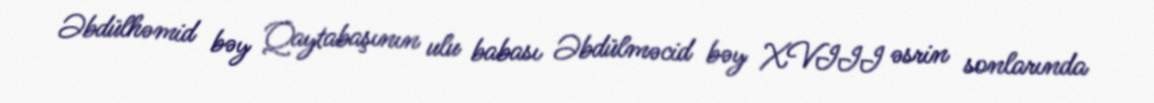
Əbdülhəmid bəy Qaytabaşının ulu babası Əbdülməcid bəy XVIII əsrin sonlarında